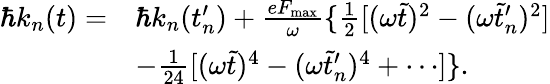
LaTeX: \begin{array}{rl}{\hbar k_{n}(t)=}&{\hbar k_{n}(t_{n}^{\prime})+\frac{eF_{\mathrm{max}}}{\omega}\{ \frac{1}{2}[(\omega\tilde{t})^{2}-(\omega\tilde{t}_{n}^{\prime})^{2}]}\\ &{-\frac{1}{24}[(\omega\tilde{t})^{4}-(\omega\tilde{t}_{n}^{\prime})^{4}+\cdots]\} .}\end{array}